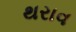
થરાવ